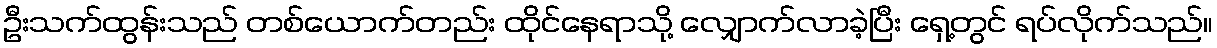
ဦးသက်ထွန်းသည် တစ်ယောက်တည်း ထိုင်နေရာသို့ လျှောက်လာခဲ့ပြီး ရှေ့တွင် ရပ်လိုက်သည်။